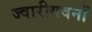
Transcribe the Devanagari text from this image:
ज्वारीयवनों